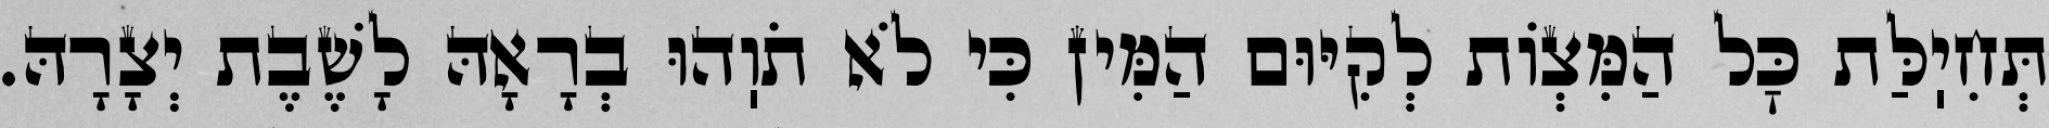
תְּחִיֽלַּת כׇּל הַמִּצְוֹת לְקִיּוּם הַמִּין כִּי לֹא תֹוֽהוּ בְרָאָהּ לָשֶׁבֶת יְצָרָהּ.